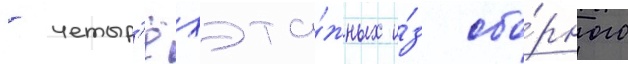
- четыр'ёхэта́жных и́з сбо́рного